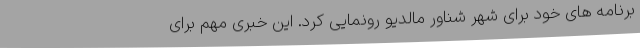
برنامه های خود برای شهر شناور مالدیو رونمایی کرد. این خبری مهم برای